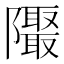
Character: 𱁁